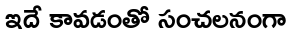
ఇదే కావడంతో సంచలనంగా